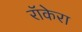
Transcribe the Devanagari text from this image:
रॉकेरा